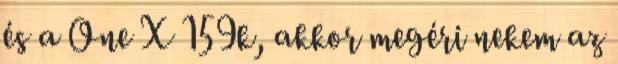
és a One X 159k, akkor megéri nekem az